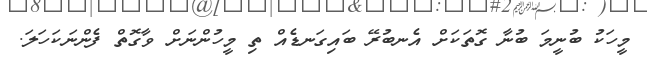
މީހަކު ބުނީމަ ބުނާ ގޮތަކަށް އެނބުރޭ ބައިގަނޑެއް ތި މީހުންނަށް ވާގޮތް ފެންނަކަހަލަ.